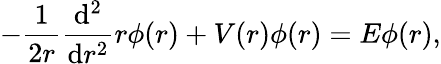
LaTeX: -\frac{1}{2r}\frac{\mathrm{d}^{2}}{\mathrm{d}r^{2}}r\phi(r)+V(r)\phi(r)=E\phi(r),